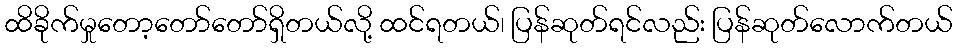
ထိခိုက်မှုတော့တော်တော်ရှိတယ်လို့ ထင်ရတယ်၊ ပြန်ဆုတ်ရင်လည်း ပြန်ဆုတ်လောက်တယ်